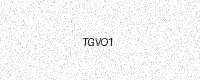
Text: TGVO1